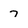
Character: 7